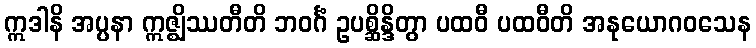
ဣဒါနိ အပ္ပနာ ဣဇ္ဈိဿတီတိ ဘဝင်္ဂံ ဥပစ္ဆိန္ဒိတွာ ပထဝီ ပထဝီတိ အနုယောဂဝသေန